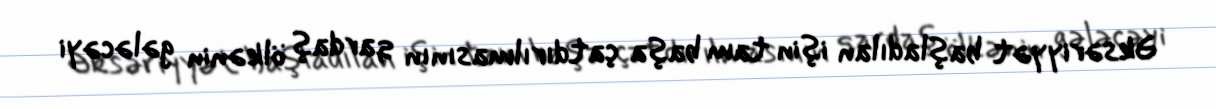
Əksəriyyət başladılan işin tam başa çatdırılmasının qardaş ölkənin gələcəyi